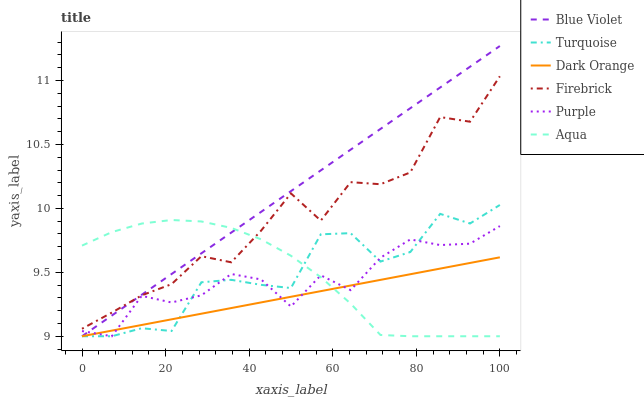
| xaxis_label | Blue Violet | Turquoise | Dark Orange | Firebrick | Purple | Aqua |
 | --- | --- | --- | --- | --- | --- | --- |
 | 0 | 9 | 9 | 9 | 9.06 | 9.04 | 9.71 |
 | 7.14 | 9.16 | 9 | 9.04 | 9.19 | 9 | 9.81 |
 | 14.3 | 9.32 | 9.06 | 9.09 | 9.32 | 9.32 | 9.88 |
 | 21.4 | 9.49 | 9.04 | 9.13 | 9.41 | 9.26 | 9.91 |
 | 28.6 | 9.65 | 9.42 | 9.18 | 9.63 | 9.32 | 9.9 |
 | 35.7 | 9.81 | 9.44 | 9.22 | 9.58 | 9.49 | 9.85 |
 | 42.9 | 9.97 | 9.4 | 9.26 | 9.83 | 9.44 | 9.76 |
 | 50 | 10.1 | 9.38 | 9.31 | 10.1 | 9.23 | 9.63 |
 | 57.1 | 10.3 | 9.8 | 9.35 | 9.9 | 9.48 | 9.46 |
 | 64.3 | 10.5 | 9.81 | 9.4 | 10.2 | 9.36 | 9.26 |
 | 71.4 | 10.6 | 9.58 | 9.44 | 10.2 | 9.61 | 9.01 |
 | 78.6 | 10.8 | 9.66 | 9.48 | 10.3 | 9.76 | 9 |
 | 85.7 | 10.9 | 9.96 | 9.53 | 10.7 | 9.71 | 9 |
 | 92.9 | 11.1 | 9.88 | 9.57 | 10.7 | 9.72 | 9 |
 | 100 | 11.3 | 10 | 9.62 | 11 | 9.86 | 9 |